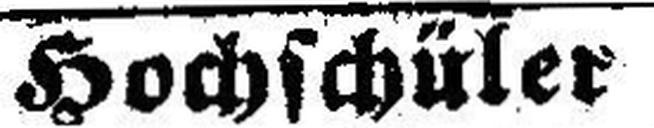
Hochschüler